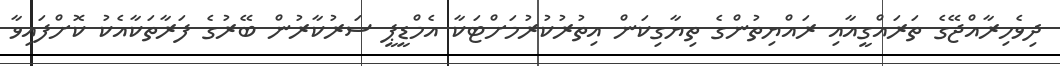
ދިވެހިރާއްޖޭގެ ތަރައްގީއާއި ރައްޔިތުންގެ ތިޔާގިކަން އިތުރުކުރުމަށްޓަކާ އެމްޑީޕީ ސަރުކާރުން ބޭރުގެ ފަރާތަކާއެކު ކޮށްފައިވާ